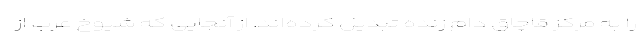
را به مرکز قاچاق دام زنده تبدیل کرده‌اند. از آنجایی که شیوخ عرب از